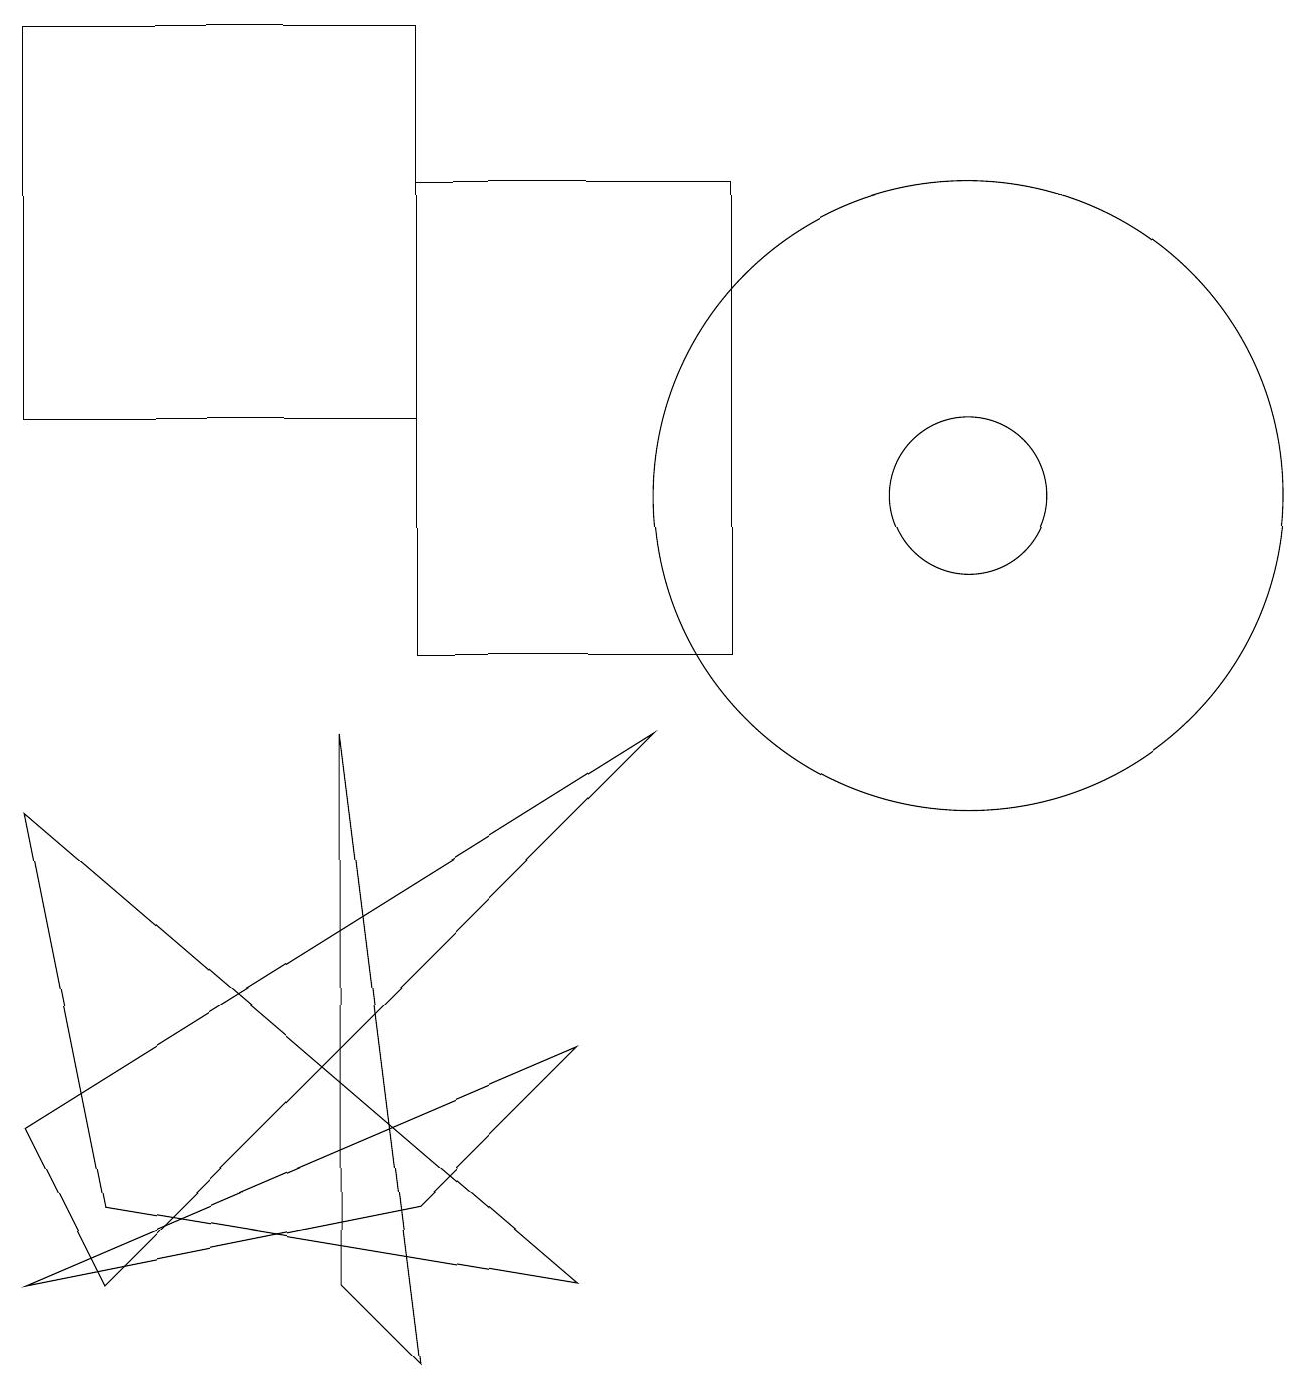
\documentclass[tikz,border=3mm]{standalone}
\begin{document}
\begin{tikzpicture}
\draw (9,10) rectangle (5,16);
\draw (0,13) rectangle (5,18);
\draw (4,9) -- (5,1) -- (4,2) -- cycle;
\draw (7,5) -- (5,3) -- (0,2) -- cycle;
\draw (12,12) circle (1);
\draw (1,2) -- (0,4) -- (8,9) -- cycle;
\draw (12,12) circle (4);
\draw (1,3) -- (7,2) -- (0,8) -- cycle;
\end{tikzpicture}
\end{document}